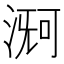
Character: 𬈊